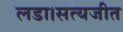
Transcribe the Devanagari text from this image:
लडा।सत्यजीत